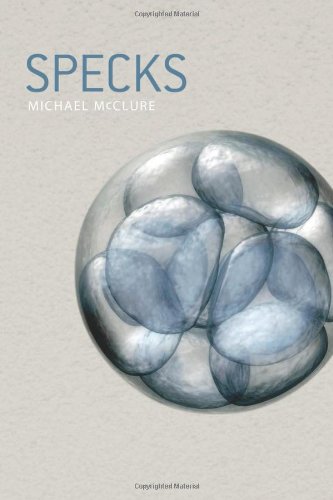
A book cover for Specks; Michael McClure; Science & Math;